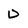
Character: D